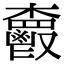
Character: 𩰦